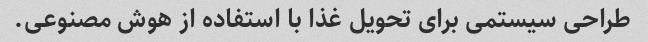
طراحی سیستمی برای تحویل غذا با استفاده از هوش مصنوعی.